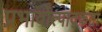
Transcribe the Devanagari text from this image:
प्रभावोत्पाद्कता